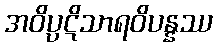
အဝိပ္ပဋိသာရဝိပန္နဿ